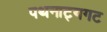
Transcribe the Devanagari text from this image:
पथनाट्यगट